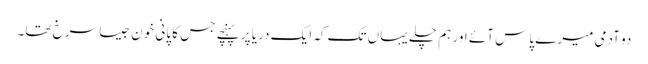
دو آدمی میرے پاس آئے اور ہم چلے یہاں تک کہ ایک دریا پر پہنچے جس کا پانی خون جیسا سرخ تھا۔